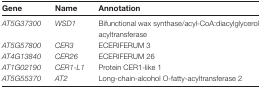
<table><thead><tr><td><b>Gene</b></td><td><b>Name</b></td><td><b>Annotation</b></td></tr></thead><tbody><tr><td><i>AT5G37300</i></td><td><i>WSD1</i></td><td>Bifunctional wax synthase/acyl-CoA:diacylglycerol acyltransferase</td></tr><tr><td><i>AT5G57800</i></td><td><i>CER3</i></td><td>ECERIFERUM 3</td></tr><tr><td><i>AT4G13840</i></td><td><i>CER26</i></td><td>ECERIFERUM 26</td></tr><tr><td><i>AT1G02190</i></td><td><i>CER1-L1</i></td><td>Protein CER1-like 1</td></tr><tr><td><i>AT5G55370</i></td><td><i>AT2</i></td><td>Long-chain-alcohol O-fatty-acyltransferase 2</td></tr></tbody></table>